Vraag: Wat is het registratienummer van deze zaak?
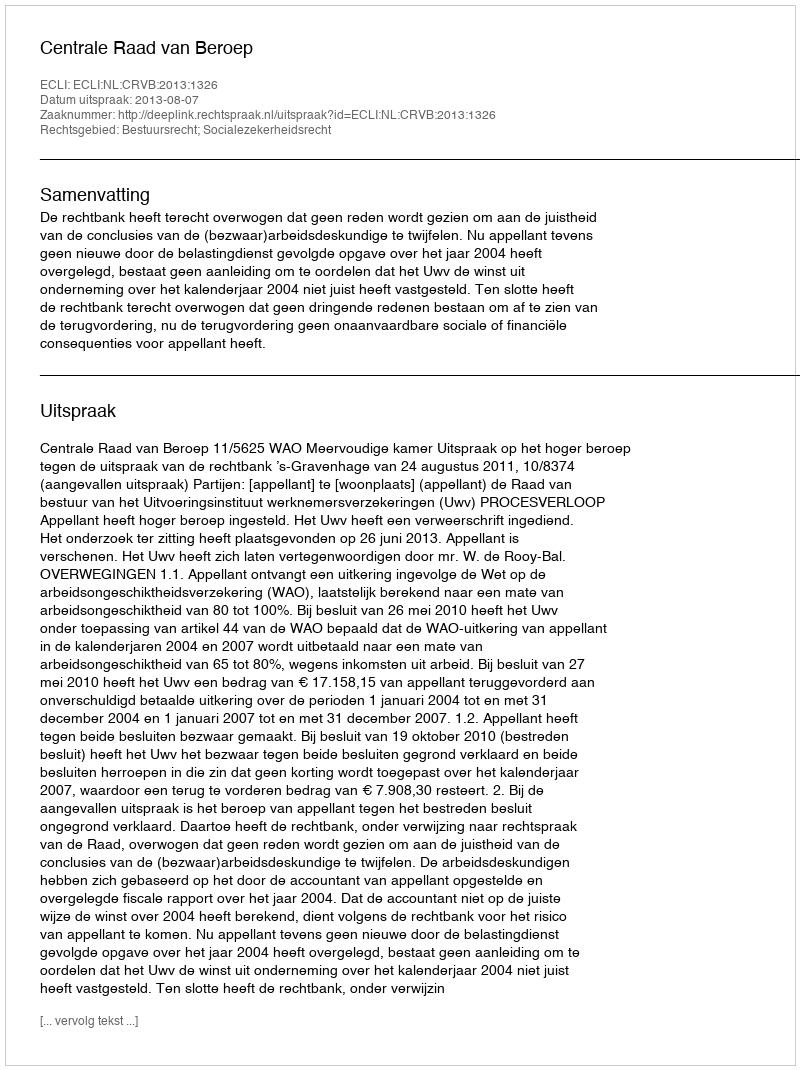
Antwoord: http://deeplink.rechtspraak.nl/uitspraak?id=ECLI:NL:CRVB:2013:1326